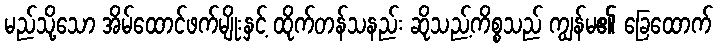
မည်သို့သော အိမ်ထောင်ဖက်မျိုးနှင့် ထိုက်တန်သနည်း ဆိုသည့်ကိစ္စသည် ကျွန်မ၏ ခြေထောက်